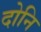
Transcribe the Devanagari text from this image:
दोनि